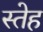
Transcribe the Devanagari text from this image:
स्तेह